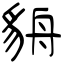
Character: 貈